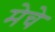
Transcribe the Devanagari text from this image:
मेचे